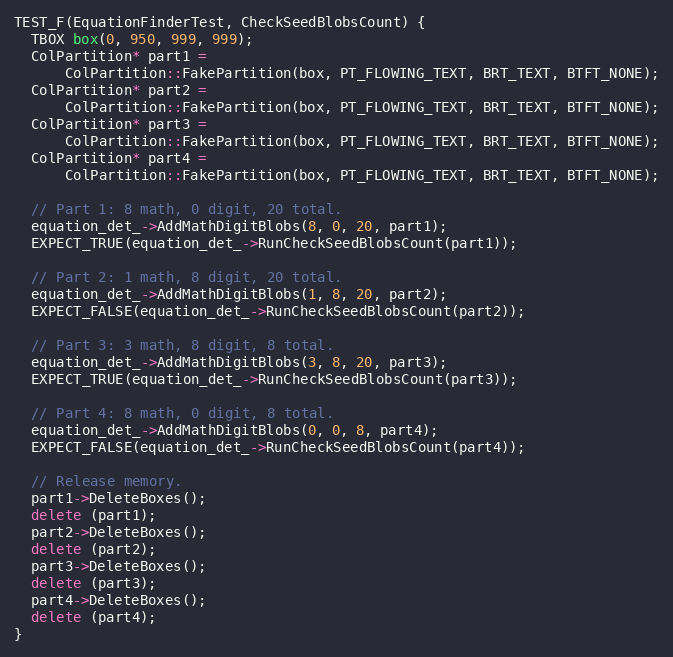
Language: C++
TEST_F(EquationFinderTest, CheckSeedBlobsCount) {
  TBOX box(0, 950, 999, 999);
  ColPartition* part1 =
      ColPartition::FakePartition(box, PT_FLOWING_TEXT, BRT_TEXT, BTFT_NONE);
  ColPartition* part2 =
      ColPartition::FakePartition(box, PT_FLOWING_TEXT, BRT_TEXT, BTFT_NONE);
  ColPartition* part3 =
      ColPartition::FakePartition(box, PT_FLOWING_TEXT, BRT_TEXT, BTFT_NONE);
  ColPartition* part4 =
      ColPartition::FakePartition(box, PT_FLOWING_TEXT, BRT_TEXT, BTFT_NONE);

  // Part 1: 8 math, 0 digit, 20 total.
  equation_det_->AddMathDigitBlobs(8, 0, 20, part1);
  EXPECT_TRUE(equation_det_->RunCheckSeedBlobsCount(part1));

  // Part 2: 1 math, 8 digit, 20 total.
  equation_det_->AddMathDigitBlobs(1, 8, 20, part2);
  EXPECT_FALSE(equation_det_->RunCheckSeedBlobsCount(part2));

  // Part 3: 3 math, 8 digit, 8 total.
  equation_det_->AddMathDigitBlobs(3, 8, 20, part3);
  EXPECT_TRUE(equation_det_->RunCheckSeedBlobsCount(part3));

  // Part 4: 8 math, 0 digit, 8 total.
  equation_det_->AddMathDigitBlobs(0, 0, 8, part4);
  EXPECT_FALSE(equation_det_->RunCheckSeedBlobsCount(part4));

  // Release memory.
  part1->DeleteBoxes();
  delete (part1);
  part2->DeleteBoxes();
  delete (part2);
  part3->DeleteBoxes();
  delete (part3);
  part4->DeleteBoxes();
  delete (part4);
}